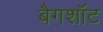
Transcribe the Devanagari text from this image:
बैगशॉट